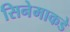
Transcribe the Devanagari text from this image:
सिनेमाकडे